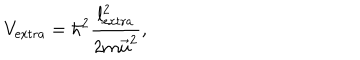
V _ { \mathrm { e x t r a } } = \hbar ^ { 2 } \frac { l _ { \mathrm { e x t r a } } ^ { 2 } } { 2 m \vec { u } ^ { 2 } } ,